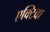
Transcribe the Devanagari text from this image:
एक्टिवा